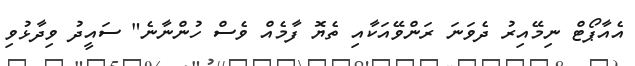
އެއާޕޯޓް ނިމޭއިރު ދެވަނަ ރަންވޭއަކާއި ތެޔޮ ފާމެއް ވެސް ހުންނާނެ" ސައީދު ވިދާޅުވި